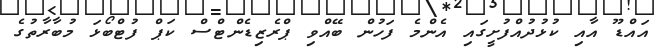
އައްޑޫ އާއި ކުޅުދުއްފުށީގައި އެންމެ ފަހުން ބޭއްވި ޕްރެޒިޑެންޓްސް ކަޕް ފުޓްބޯޅަ މުބާރާތުގެ